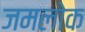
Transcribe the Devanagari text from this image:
जमलोक